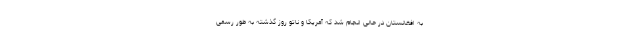
به افغانستان در حالی انجام شد که آمریکا و ناتو روز گذشته به طور رسمی